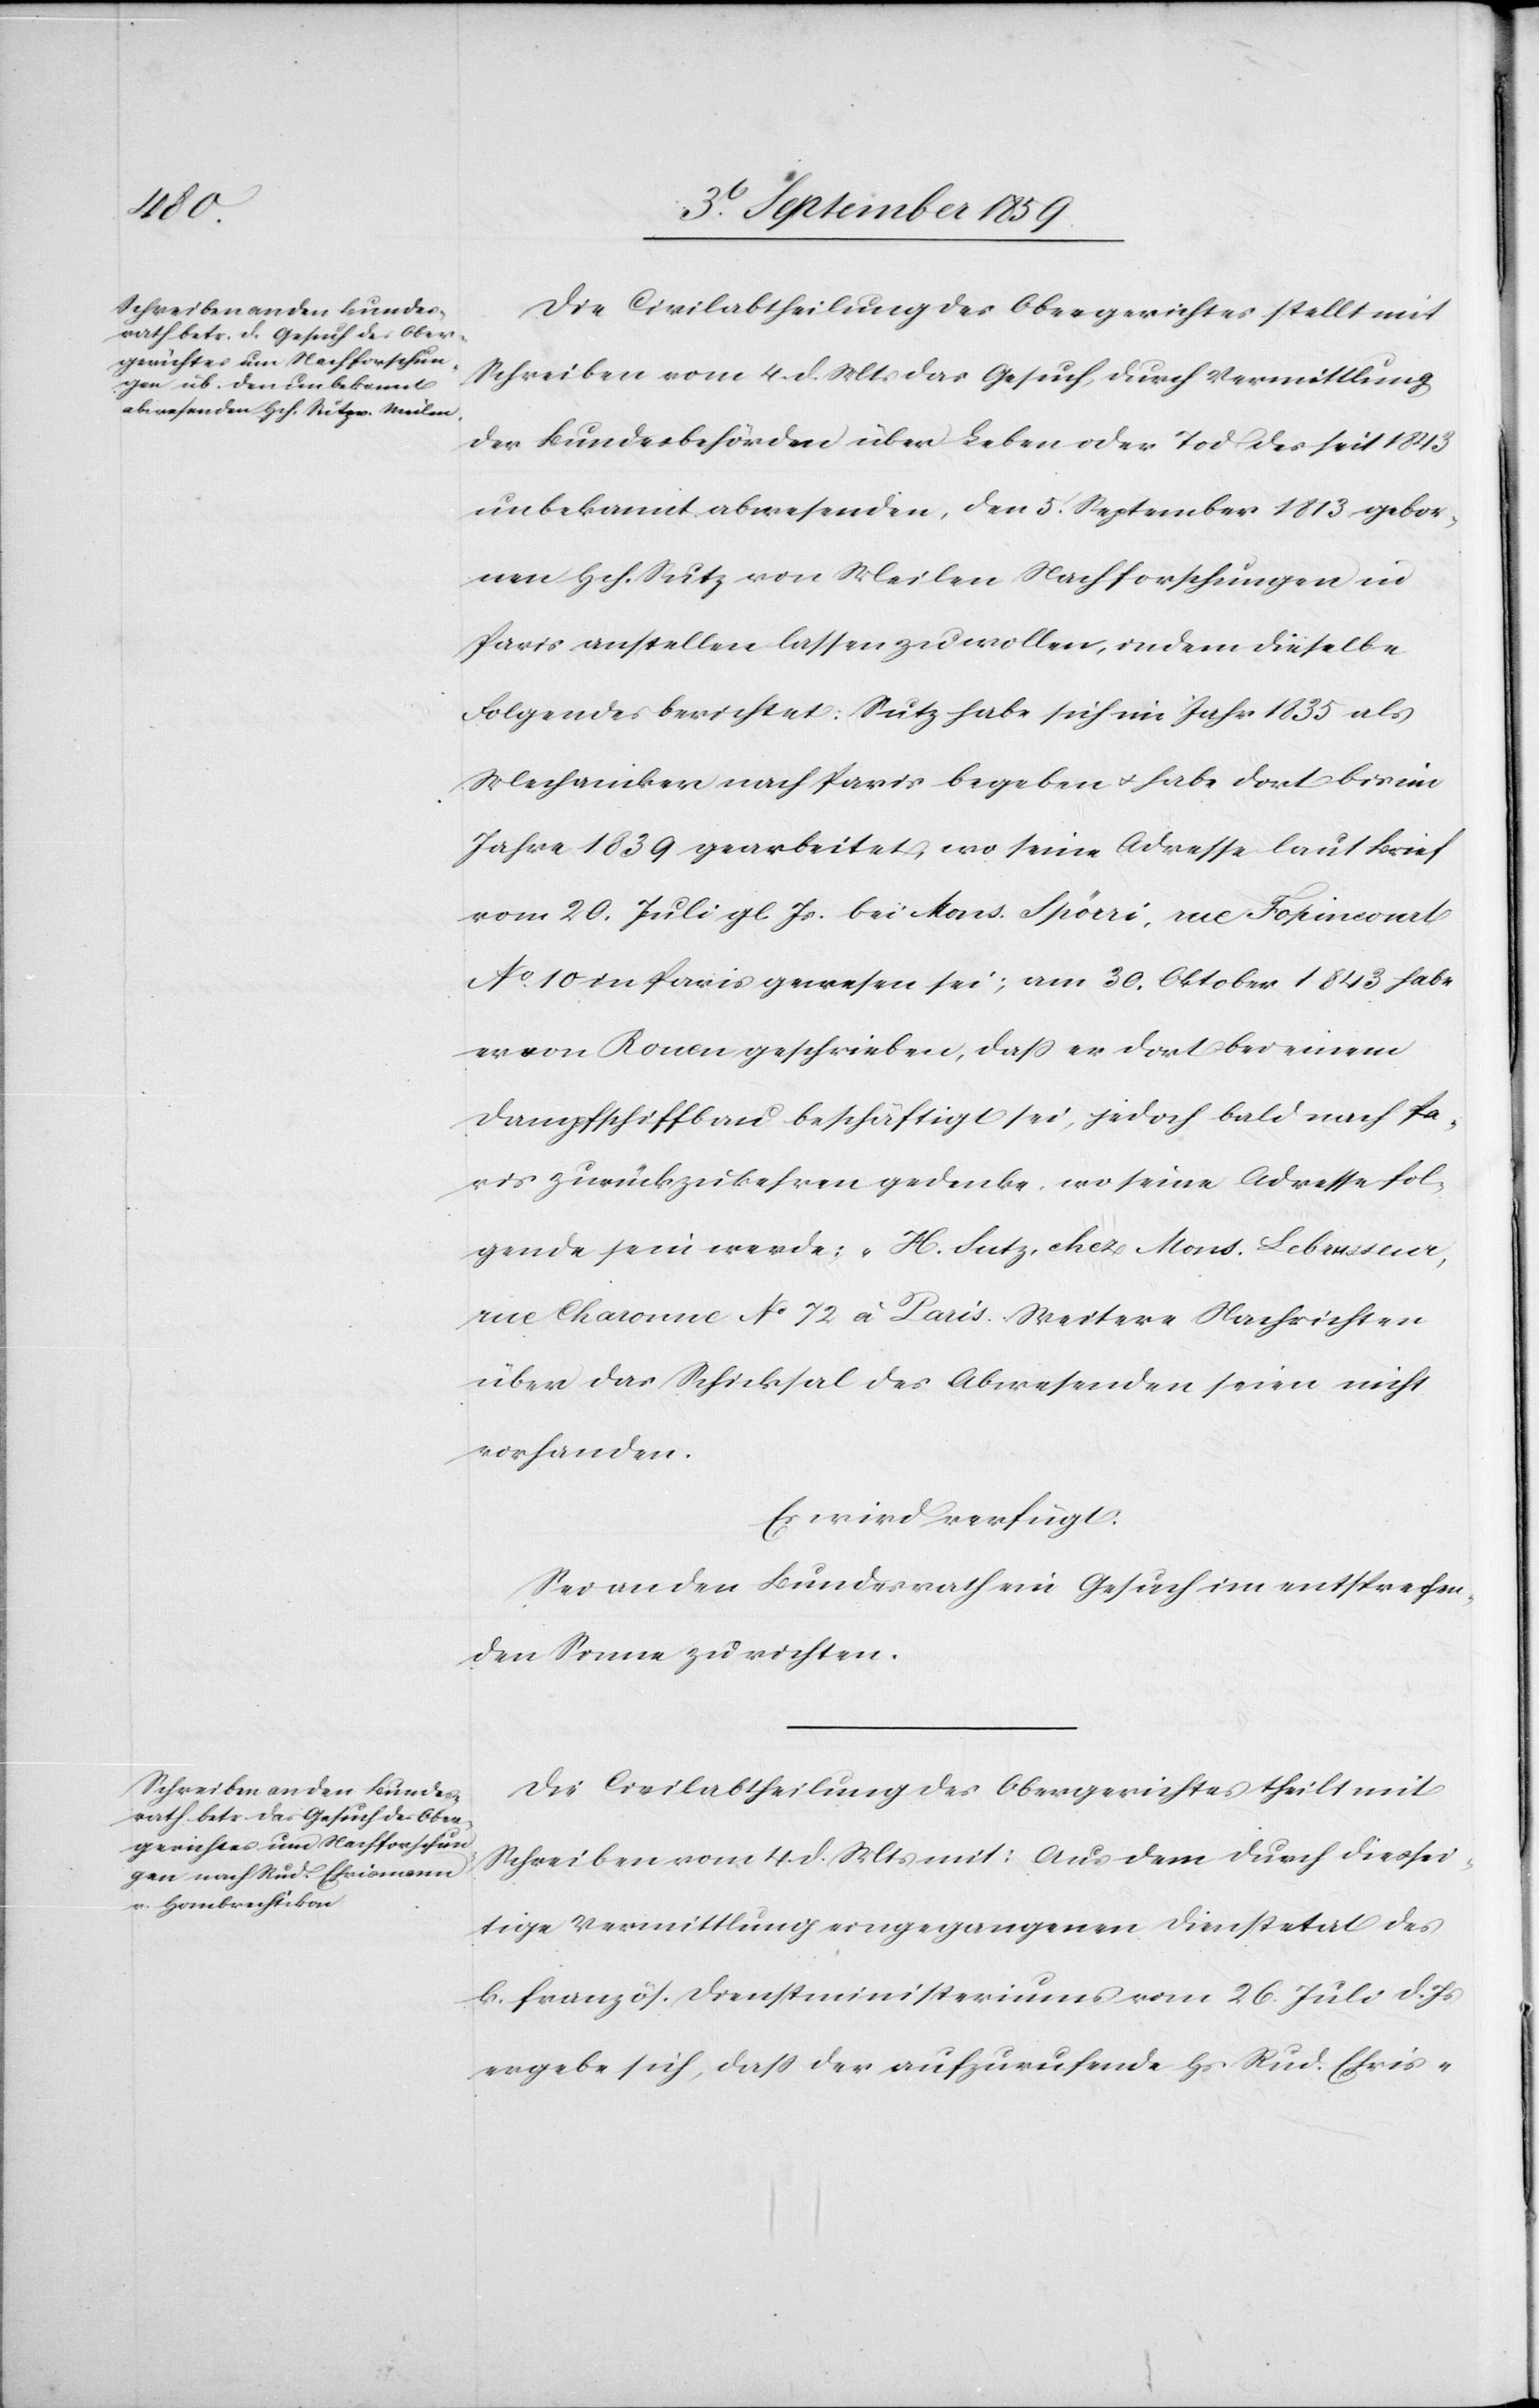
den

7. September 1859.]
Die Civilabtheilung des Obergerichtes stellt mit
Schreiben vom 4. d. Mts. das Gesuch, durch Vermittlung
der Bundesbehörden über Leben oder Tod des seit 1843
unbekannt abwesenden, den 5t. September 1813 gebor¬
nen Hch. Sutz von Meilen Nachforschungen in
Paris anstellen lassen zu wollen, indem dieselbe
Folgendes berichtet: Sutz habe sich im Jahr 1835 als
Mechaniker nach Paris begeben & habe dort bis im
Jahre 1839 gearbeitet, wo seine Adresse laut Brief
vom 20. Juli gl. Js. bei Mons. Spörri, rue Fo[?]ineorat
No. 10 in Paris gewesen sei; am 30. Oktober 1843 habe
er von Rouen geschrieben, daß er dort bei einem
Dampfschiffbau beschäftigt sei, jedoch bald nach Pa¬
ris zurückzukehren gedenke, wo seine Adresse fol¬
gende sein werde: „H. Sutz, chez Mons. Lebrusseur,
rue Charonne No. 72 à Paris. Weitere Nachrichten
über das Schicksal des Abwesenden seien nicht
vorhanden.
Es wird verfügt.
Sei an den Bundesrath ein Gesuch im entsprechen¬
den Sinne zu richten.
Die Civilabtheilung des Obergerichtes theilt mit
Schreiben vom 4. d. Mts. mit: Aus dem durch diessei¬
tige Vermittlung eingegangenen Dienstetat des
k. französ. Dienstministeriums vom 26. Juli d. Js.
ergebe sich, daß der aufzurufende Hs. Rud. [sic!]